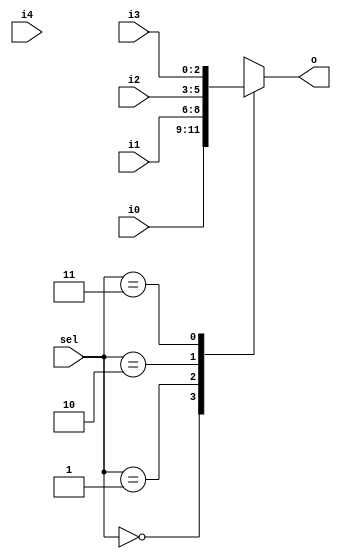
module mux(

input wire [1:0] sel,
input wire [2:0] i0,
input wire [2:0] i1,
input wire [2:0] i2,
input wire [2:0] i3,
input wire [2:0] i4,
output reg [2:0] o

);

always @* begin
  case (sel)
    0 : o = i0;
    1 : o = i1;
    2 : o = i2;
    3 : o = i3;
    2 : o = i4;
  endcase
end

endmodule

module test();

reg  [1:0] sel;
wire [2:0] out;

mux mux(sel, 3'd0, 3'd1, 3'd2, 3'd3, 3'd4, out);

reg failed;

(* ivl_synthesis_off *)
initial begin
  failed = 0;
  sel = 0;
  repeat (4) begin
    #1 $display("%d : %b", sel, out);
    if (out !== sel) failed = 1;
    sel = sel + 1;
  end
  if (failed)
    $display("FAILED");
  else
    $display("PASSED");
end

endmodule